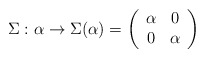
\begin{align*}\Sigma:\alpha \rightarrow \Sigma(\alpha) = \left( \begin{array}{cc} \alpha & 0 \\ 0 & \alpha \end{array} \right)\end{align*}